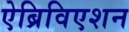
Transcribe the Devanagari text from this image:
ऐब्रिविएशन